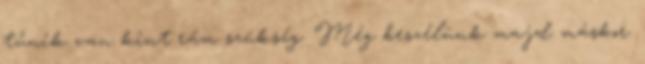
tűnik van kint rám szükség. Még beszélünk majd máskor.